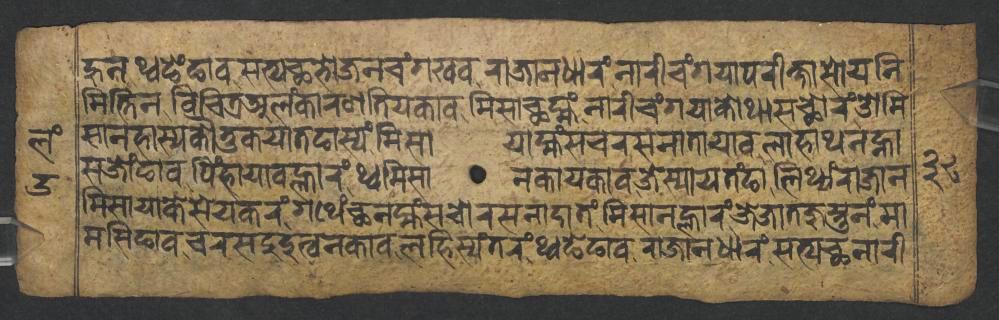
𑐴𑐸𑐣𑐠𑑂𑐰𑐒𑐾𑑄𑐒𑐵𑐰𑐳𑐟𑑂𑐫𑐕𑐨𑑀𑐖𑐣𑐔𑑄𑐐𑐏𑐰𑐬𑐵𑐖𑐵𑐣𑐢𑐵𑐬𑑄𑐣𑐵𑐬𑐷𑐔𑑄𑐐𑐫𑐵𑐥𑐬𑐷𑐎𑑂𑐲𑐵𑐳𑑀𑐫𑐣𑐶 𑐩𑐶𑐟𑑂𑐟𑐶𑐣𑐰𑐶𑐔𑐶𑐟𑑂𑐬𑐀𑐮𑑄𑐎𑐵𑐬𑐞𑐟𑐶𑐫𑐎𑐵𑐰𑐩𑐶𑐳𑐵𑐕𑐩𑑂𑐴𑑄𑐣𑐵𑐬𑐷𑐔𑑄𑐐𑐫𑐵𑐎𑑀𑐠𑐵𑐳𑐕𑑀𑐬𑑄𑐌𑐩𑐶 𑐳𑐵𑐣𑐴𑐵𑐳𑑂𑐫𑐎𑑁𑐟𑐸𑐎𑐫𑐵𑐟𑐒𑐵𑐳𑑂𑐫𑑄𑐩𑐶𑐳𑐵𑐫𑐵𑐩𑑂𑐴𑑄𑐳𑐔𑐬𑐳𑐣𑐵𑐟𑐵𑐫𑐵𑐰𑐮𑐵𑐴𑐵𑐠𑐣𑐣𑑂𑐴𑐵 𑐳𑐖𑑀𑑄𑐒𑐵𑐰𑐥𑐶𑑄𑐴𑐵𑐫𑐵𑐰𑐮𑑂𑐴𑐵𑐬𑑄𑐠𑑂𑐰𑐩𑐶𑐳𑐵𑐣𑐎𑐵𑐫𑐎𑐵𑐰𑐖𑐾𑐳𑑂𑐫𑐵𑐫𑐟𑑄𑐒𑐵𑐮𑐶𑐠𑑂𑐫𑑄𑐬𑐵𑐖𑐵𑐣 𑐩𑐶𑐳𑐵𑐫𑐵𑐎𑐾𑐳𑐾𑐫𑐎𑐬𑑄𑐐𑐠𑐾𑑄𑐕𑐣𑐩𑑂𑐴𑑄𑐳𑐔𑑀𑐬𑐳𑐣𑐵𑐡𑐵𑐟𑑄𑐩𑐶𑐳𑐵𑐣𑐮𑑂𑐴𑐵𑐬𑑄𑐖𑐾𑐖𑐵𑐟𑐖𑐸𑐳𑑂𑐟𑐸𑐣𑑄𑐩𑐵 𑐩𑐳𑐶𑐒𑐵𑐰𑐔𑐬𑐳𑐡𑐸𑐡𑐸𑐟𑑂𑐰𑐣𑐎𑐵𑐰𑐮𑐴𑐶𑐳𑑂𑐫𑑄𑐟𑐬𑑄𑐠𑑂𑐰𑐒𑐾𑐒𑐵𑐰𑐬𑐵𑐖𑐵𑐣𑐢𑐵𑐬𑑄𑐳𑐟𑑂𑐫𑐕𑐣𑐵𑐬𑐷